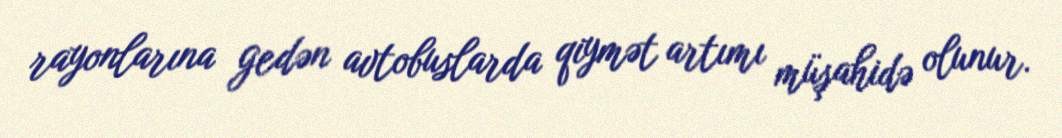
rayonlarına gedən avtobuslarda qiymət artımı müşahidə olunur.